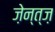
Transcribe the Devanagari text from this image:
ज़ेन्त्ज़